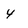
Character: 4